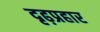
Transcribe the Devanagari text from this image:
दृढ़प्रहार